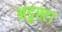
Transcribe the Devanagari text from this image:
अडुस्टा